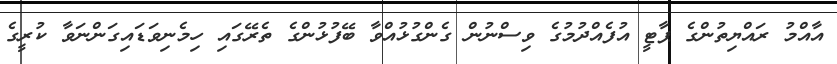
އާއްމު ރައްޔިތުންގެ ޕާޓީ އުފެއްދުމުގެ ވިސްނުން ގެންގުޅުއްވާ ބޭފުޅުންގެ ތެރޭގައި ހިމެނިވަޑައިގަންނަވާ ކުރީގެ